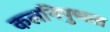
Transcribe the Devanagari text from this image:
कलनिपुणता